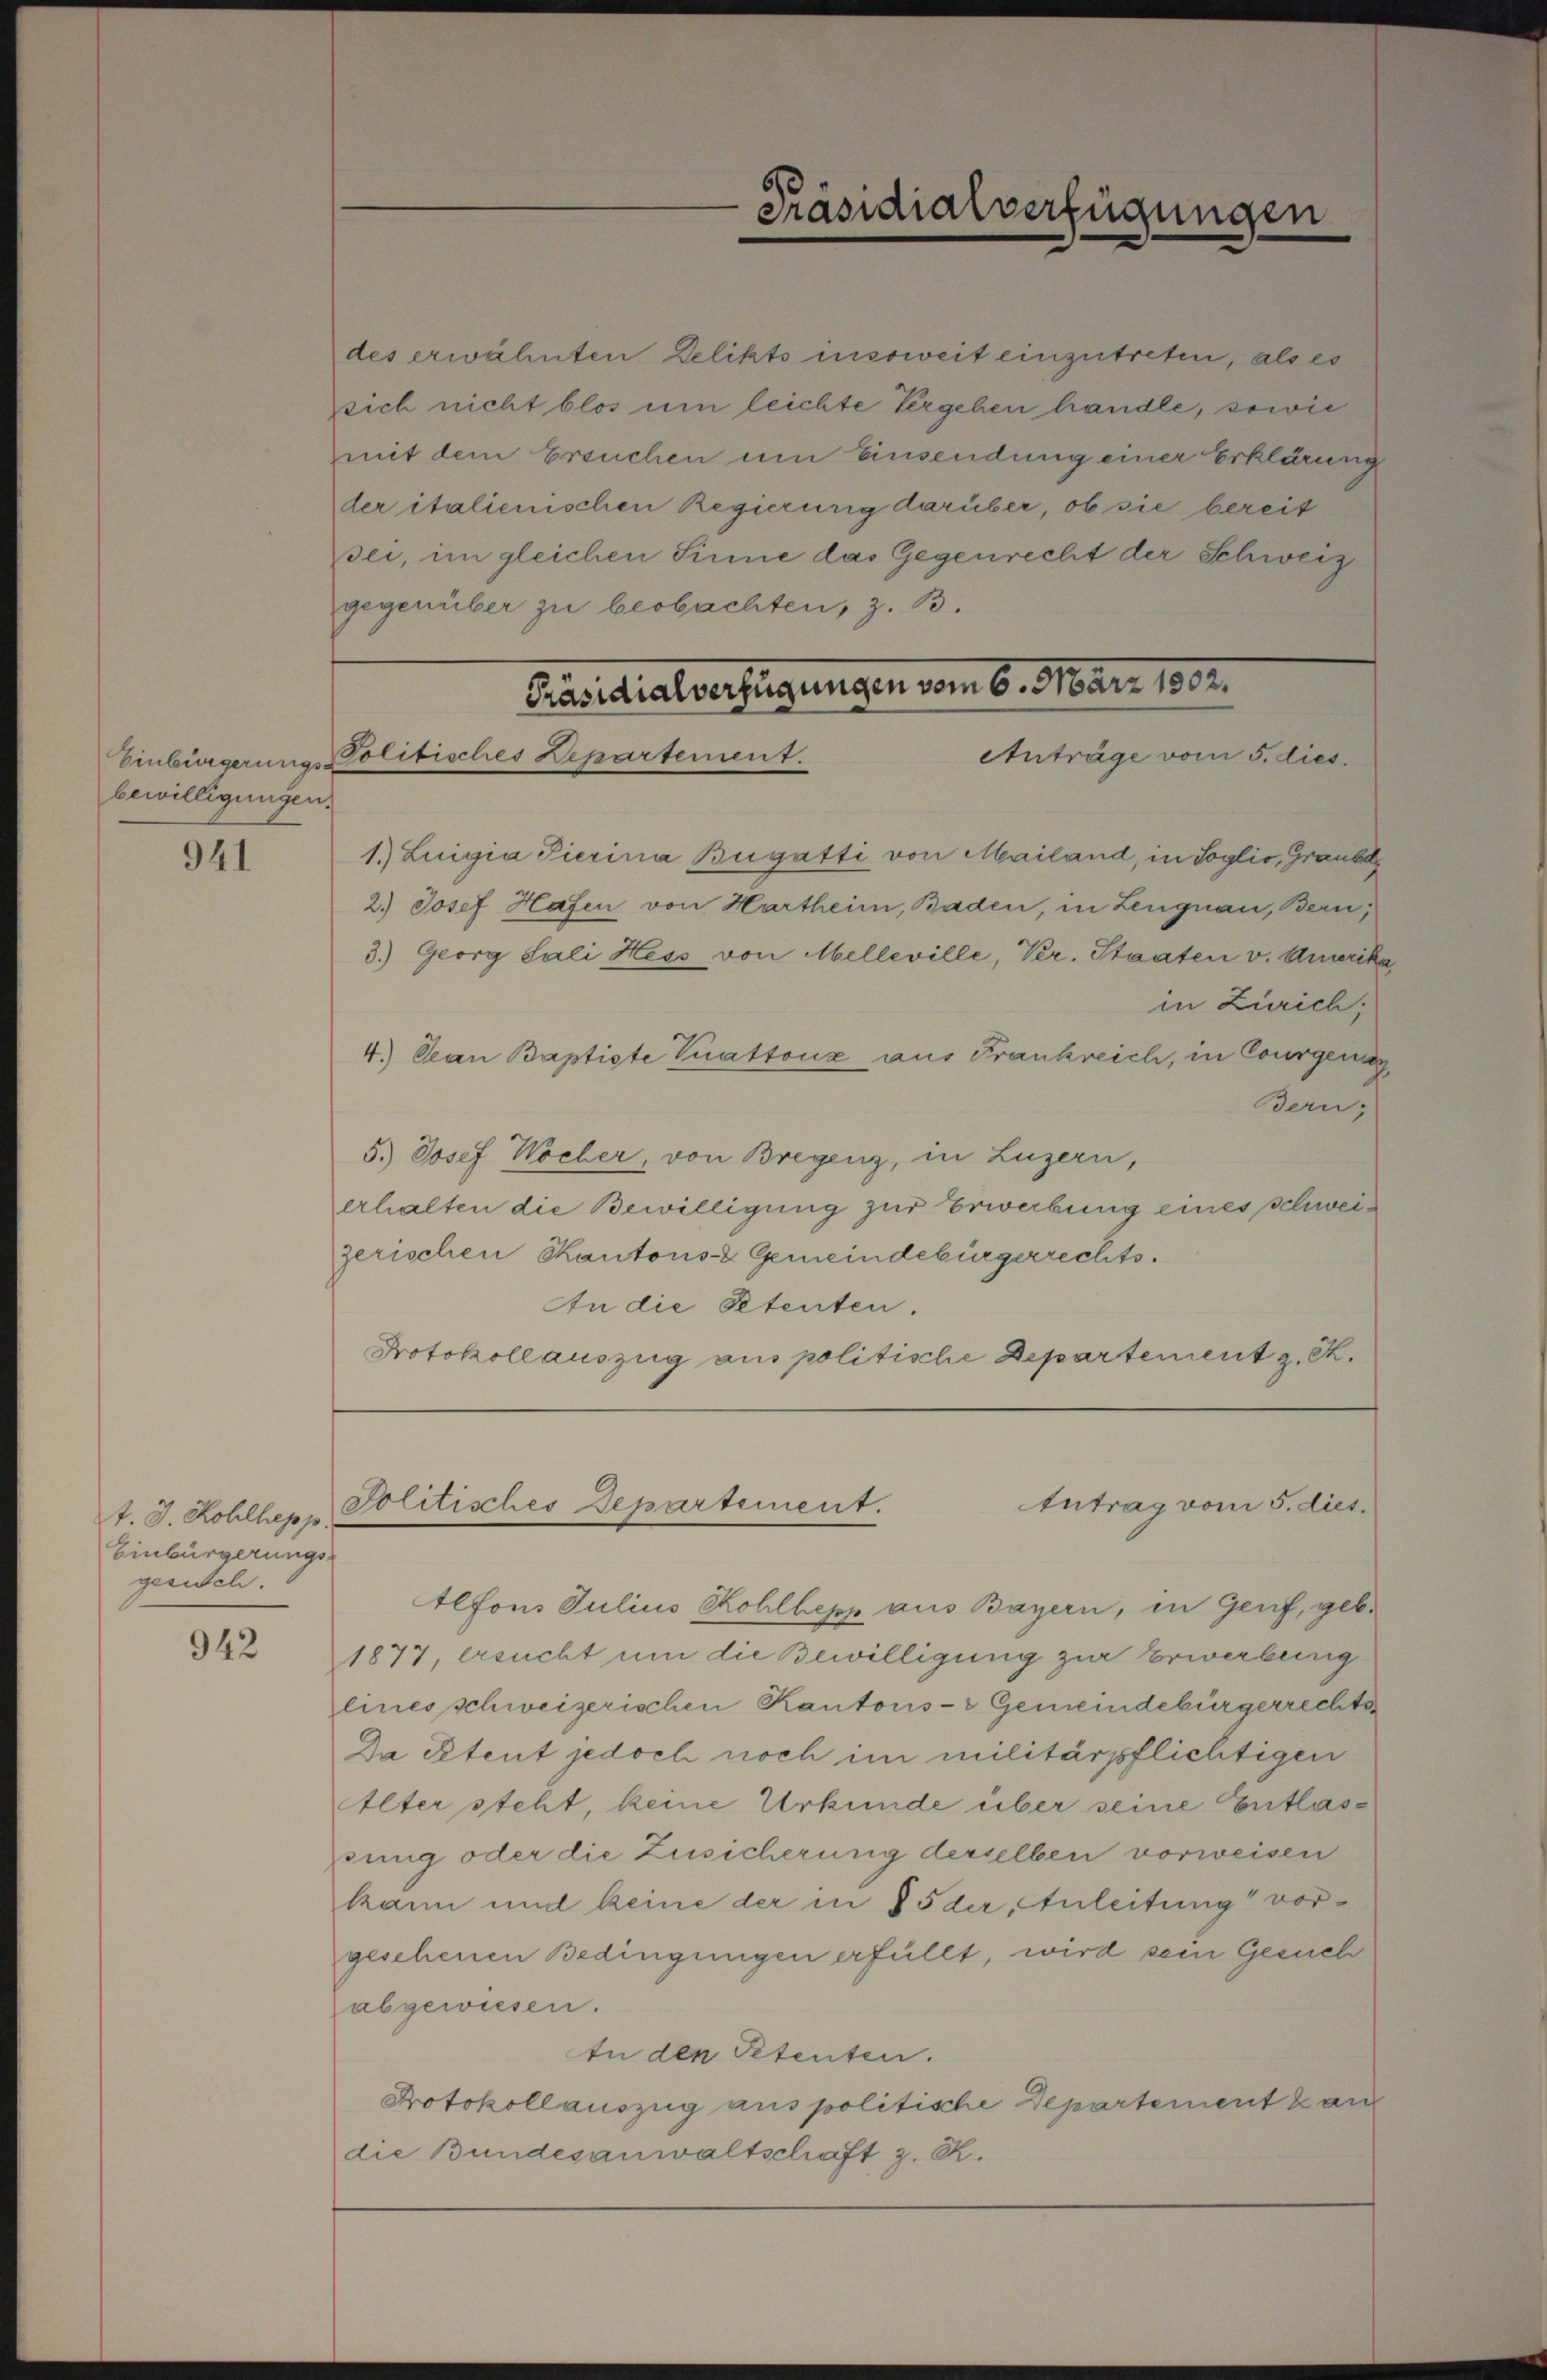
bewilligungen.

941

t. J. Kohlhepp.
Einbürgerungs-
gesich.

942

des erwähnten Delikts insoweit einzutreten, als es
sich nicht blos um leichte Vergehen handle, sowie
mit dem Ersuchen um Einsendung einer Erklärung
der italienischen Regierung darüber, ob sie bereit
sei, im gleichen Sinne das Gegenrecht der Schweiz
gegenüber zu beobachten, z. B.

¬
Präsidialverfügungen

Präsidialverfügungen vom 6. März 1802.
Anträge vom 5. dies
Einbürgerung - Politisches Repartement.

1.) Luigia Pierina Bugatti von Mailand, in Soglio, Graube
2.) Josef Hafen von Hartheim, Baden, in Lengnau, Bern,
3.) Georg Sali Hess von Melleville, Ver. Staaten v. Amerika
in Zürich,
4.) Jean Baptiste Vuattonz aus Frankreich, in Courgeng
Bern;
5.) Josef Wocher, von Bregenz, in Luzern,
erhalten die Bewilligung zur Erwerbung eines schweizerischen Kantons- & Gemeindebürgerrechts.
An die Petenten.
Protokollauszug aus politische Departement z. K.

Politisches Departement.
Antrag vom 5. dies.

Alfons Julius Rohlhepp aus Bayern, in Genf, geb.
1877, ersucht um die Bewilligung zur Erwerbung
lines schweizerischen Kantons- & Gemeindebürgerrechts
Da Petent jedoch noch im militärpflichtigen
Alter steht, keine Urkunde über seine Entlasönng oder die Zusicherung derselben vorweisen
kann und keine der in § 5 der, Anleitung“ vorgeschenen Bedingungen erfüllt, wird sein Gesuch
abgewiesen.
In den Petenten.
Protokollauszug aus politische Departement au
die Bundesanwaltschaft z. R.